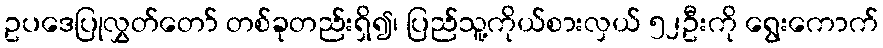
ဥပဒေပြုလွှတ်တော် တစ်ခုတည်းရှိ၍၊ ပြည်သူ့ကိုယ်စားလှယ် ၅၂ဦးကို ရွေးကောက်